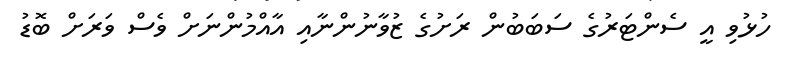
ހުޅުވި އީ ސެންޓަރުގެ ސަބަބުން ރަށުގެ ޒުވާނުންނާއި އާއްމުންނަށް ވެސް ވަރަށް ބޮޑު